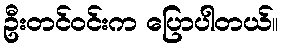
ဦးတင်ဝင်းက ပြောပါတယ်။